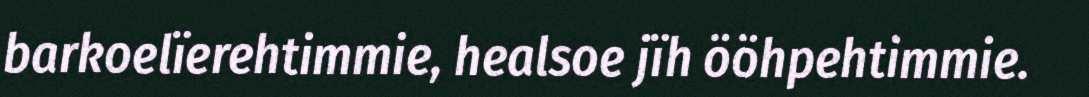
barkoelïerehtimmie, healsoe jïh ööhpehtimmie.